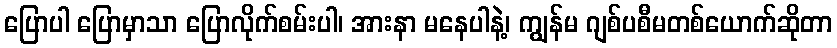
ပြောပါ ပြောမှာသာ ပြောလိုက်စမ်းပါ၊ အားနာ မနေပါနဲ့၊ ကျွန်မ ဂျစ်ပစီမတစ်ယောက်ဆိုတာ